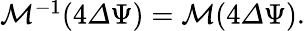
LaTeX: \begin{array}{r}{\mathcal{M}^{-1}(4{\mathit\Delta\Psi})=\mathcal{M}(4{\mathit\Delta\Psi}).}\end{array}